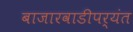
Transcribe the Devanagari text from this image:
बाजारवाडीपर्यंत